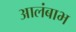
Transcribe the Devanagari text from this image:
आलंबाभ